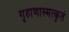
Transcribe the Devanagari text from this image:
गृहाणास्मत्कृतं